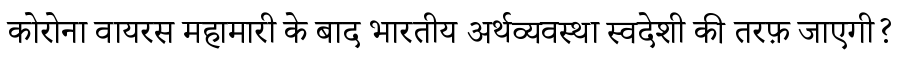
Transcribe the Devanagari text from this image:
कोरोना वायरस महामारी के बाद भारतीय अर्थव्यवस्था स्वदेशी की तरफ़ जाएगी?